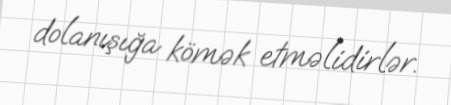
dolanışığa kömək etməlidirlər.